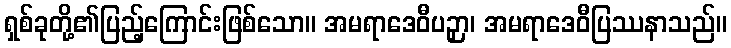
ရှစ်ခုတို့၏ပြည့်ကြောင်းဖြစ်သော။ အမရာဒေဝီပဉှာ၊ အမရာဒေဝီပြဿနာသည်။